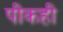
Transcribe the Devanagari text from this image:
पीकही